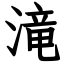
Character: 滝